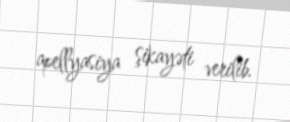
apellyasiya şikayəti verilib.